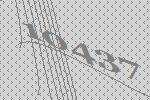
10437